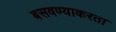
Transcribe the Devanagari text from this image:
बसवण्याकरता